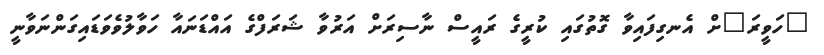
"ހަވީރަ"ށް އެނގިފައިވާ ގޮތުގައި ކުރީގެ ރައީސް ނާސިރަށް އަރުވާ ޝަރަފްގެ އައްޑަނައާ ހަވާލުވެވަޑައިގަންނަވާނީ